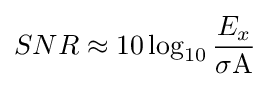
SNR\approx 10\log _{10}{\frac {E_{x}}{\sigma \mathrm {A} }}